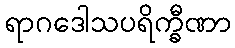
ရာဂဒေါသပရိက္ခီဏာ